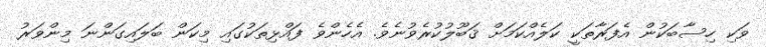
ވަކި ހިސާބަކުން އެފަރާތަކީ ކަލެއްކަމަށް ޤަބޫލުކުރެވުނެވެ. އެހެންވެ ފައްޅިތަކުގައި މިކަން ބަލައިގަންނަ މިންވަރު